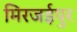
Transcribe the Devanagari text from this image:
मिरजईपुर